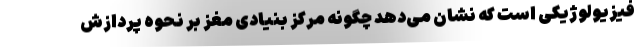
فیزیولوژیکی است که نشان می‌دهد چگونه مرکز بنیادی مغز بر نحوه پردازش